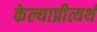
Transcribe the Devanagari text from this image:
केल्याप्रीत्यर्थ